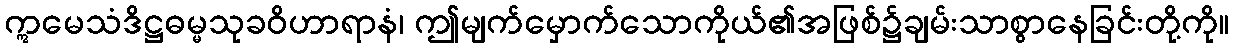
ဣမေသံဒိဋ္ဌဓမ္မသုခဝိဟာရာနံ၊ ဤမျက်မှောက်သောကိုယ်၏အဖြစ်၌ချမ်းသာစွာနေခြင်းတို့ကို။